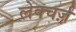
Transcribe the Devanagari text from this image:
लेक्चर्ज़